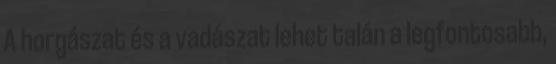
A horgászat és a vadászat lehet talán a legfontosabb,